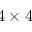
4 \times 4